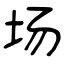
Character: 场